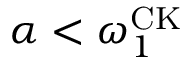
\alpha < \omega _ { 1 } ^ { \mathrm { C K } }